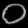
Digit: ၀